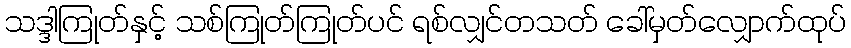
သဒ္ဒါကြုတ်နှင့် သစ်ကြုတ်ကြုတ်ပင် ရစ်လျှင်တသတ် ခေါ်မှတ်လျှောက်ထုပ်